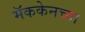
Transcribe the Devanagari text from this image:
मॅककेनच्या